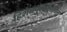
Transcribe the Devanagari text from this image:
हिशेबपुस्तकातील